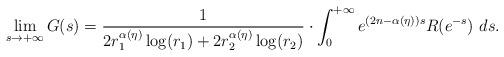
LaTeX: \begin{align*}\lim_{s \to + \infty} G(s) = \frac{1}{2r_1^{\alpha(\eta)} \log(r_1) +2r_2^{\alpha(\eta)} \log(r_2) } \cdot \int_{0} ^{+\infty} e^{(2n-\alpha(\eta))s}R(e^{-s}) \ ds .\end{align*}